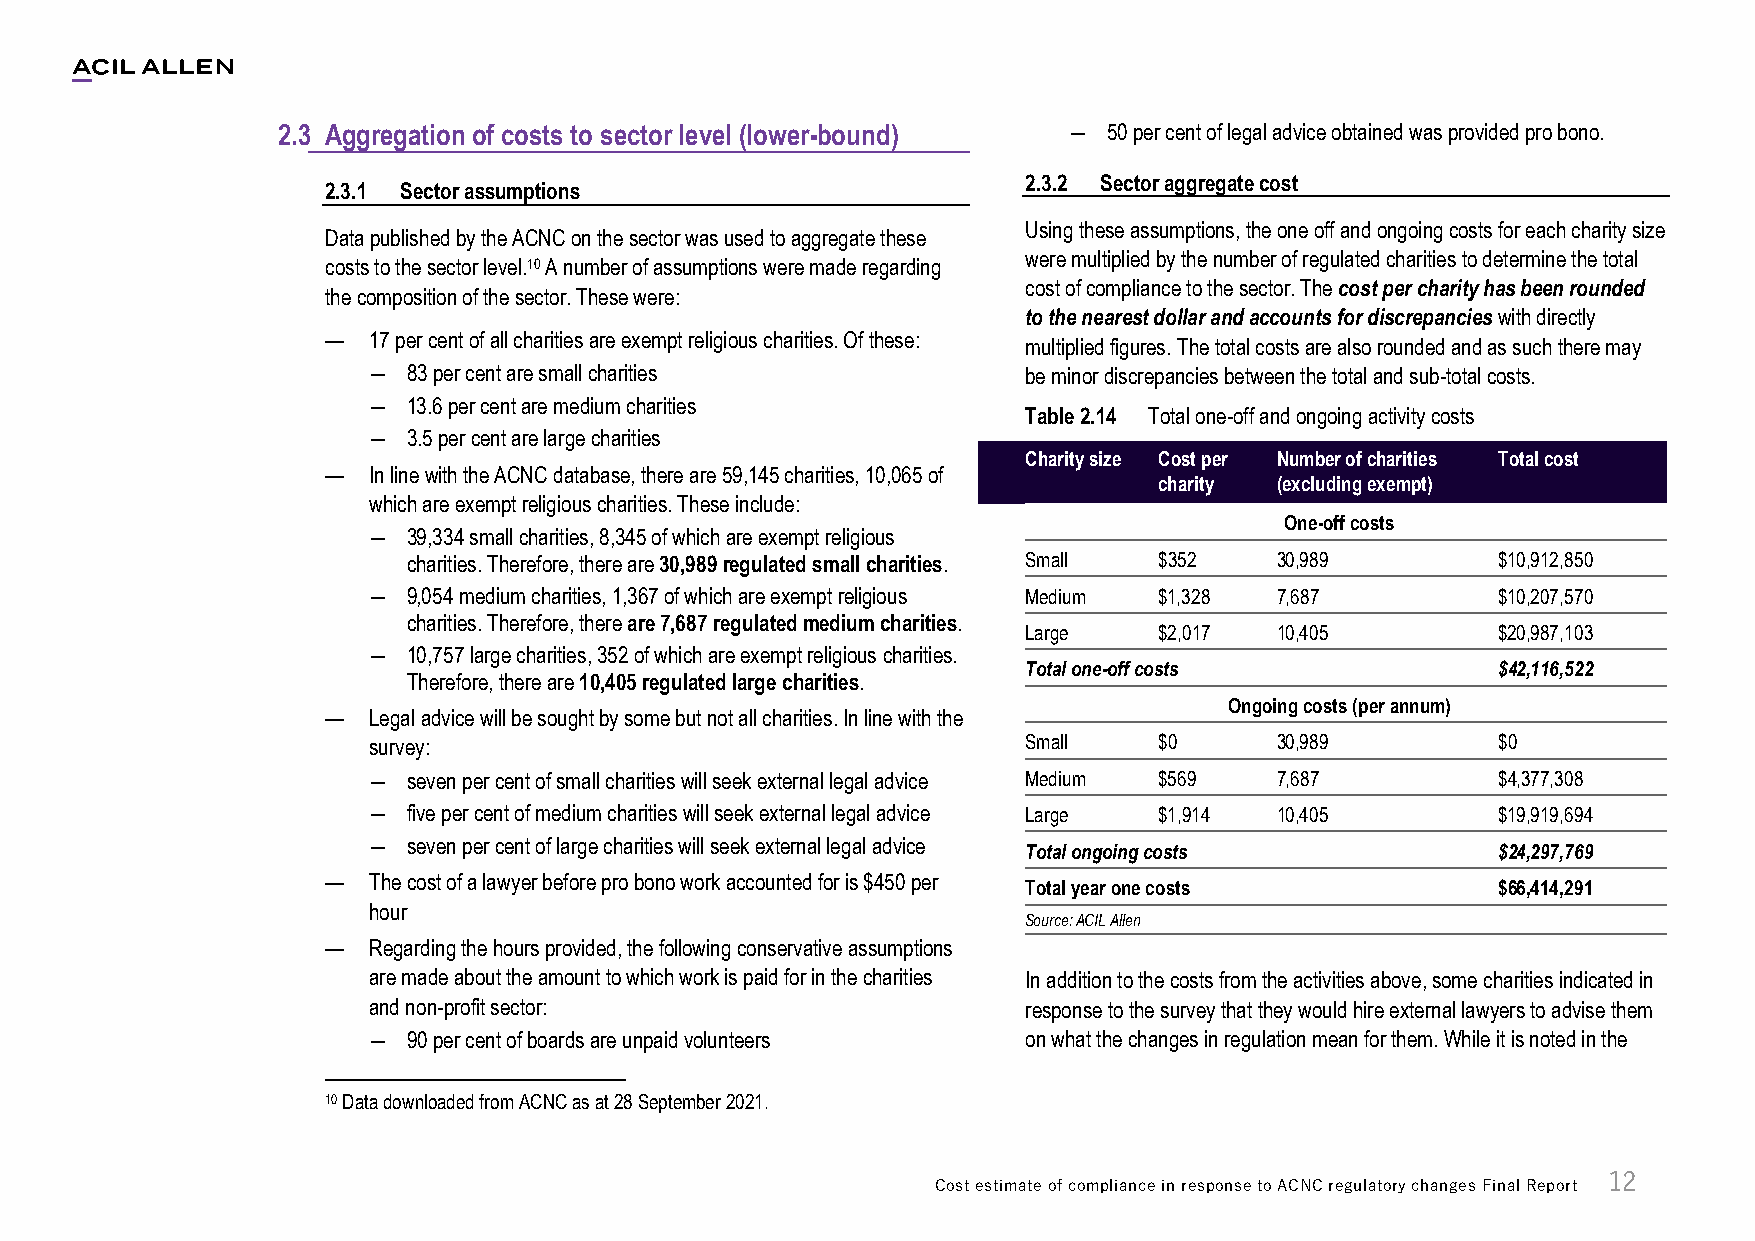
2.3 Aggregation of costs to sector level (lower-bound) ― 50 per cent of legal advice obtained was provided pro bono.
 2.3.2 Sector aggregate cost
 2.3.1 Sector assumptions
 Using these assumptions, the one off and ongoing costs for each charity size
 Data published by the ACNC on the sector was used to aggregate these
 were multiplied by the number of regulated charities to determine the total
 costs to the sector level.10 A number of assumptions were made regarding
 cost of compliance to the sector. The cost per charity has been rounded
 the composition of the sector. These were:
 to the nearest dollar and accounts for discrepancies with directly
 — 17 per cent of all charities are exempt religious charities. Of these:
 multiplied figures. The total costs are also rounded and as such there may
 ―  83 per cent are small charities          be minor discrepancies between the total and sub-total costs.
 ―  13.6 per cent are medium charities
 Table 2.14 Total one-off and ongoing activity costs
 ―  3.5 per cent are large charities
 Charity size Cost per Number of charities Total cost
 — In line with the ACNC database, there are 59,145 charities, 10,065 of
 charity (excluding exempt)
 which are exempt religious charities. These include:
 One-off costs
 ―  39,334 small charities, 8,345 of which are exempt religious
 charities. Therefore, there are 30,989 regulated small charities. Small $352 30,989 $10,912,850
 ―  9,054 medium charities, 1,367 of which are exempt religious Medium $1,328 7,687 $10,207,570
 charities. Therefore, there are 7,687 regulated medium charities.
 Large    $2,017 10,405         $20,987,103
 ―  10,757 large charities, 352 of which are exempt religious charities.
 Total one-off costs            $42,116,522
 Therefore, there are 10,405 regulated large charities.
 Ongoing costs (per annum)
 — Legal advice will be sought by some but not all charities. In line with the
 survey:                                     Small    $0     30,989         $0
 ―  seven per cent of small charities will seek external legal advice Medium $569 7,687 $4,377,308
 ―  five per cent of medium charities will seek external legal advice Large $1,914 10,405 $19,919,694
 ―  seven per cent of large charities will seek external legal advice
 Total ongoing costs            $24,297,769
 — The cost of a lawyer before pro bono work accounted for is $450 per
 Total year one costs           $66,414,291
 hour
 Source: ACIL Allen
 — Regarding the hours provided, the following conservative assumptions
 are made about the amount to which work is paid for in the charities In addition to the costs from the activities above, some charities indicated in
 and non-profit sector:                      response to the survey that they would hire external lawyers to advise them
 ―  90 per cent of boards are unpaid volunteers on what the changes in regulation mean for them. While it is noted in the
 10 Data downloaded from ACNC as at 28 September 2021.
 12
 Cost estimate of compliance in response to ACNC regulatory changes Final Report